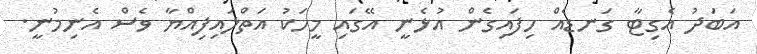
އަބަދު އެގިޓާ ގަނޑެއް ހިފައިގެން އުޅެނީ އޭގައި މީހަކު އަތްލައިފިއްޔާ ވެސް އެނިމުނީ.